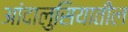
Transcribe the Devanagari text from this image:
आंदालुसियातील